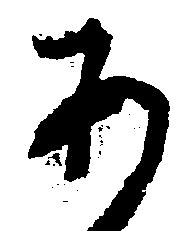
あ